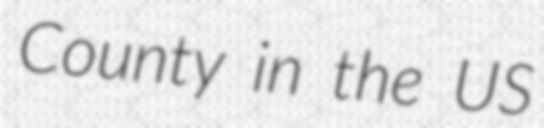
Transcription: County in the US